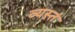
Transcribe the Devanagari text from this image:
व्यस्तं